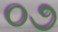
૦૭